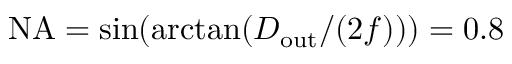
\mathrm { N A } = \sin ( \arctan ( D _ { \mathrm { o u t } } / ( 2 f ) ) ) = 0 . 8